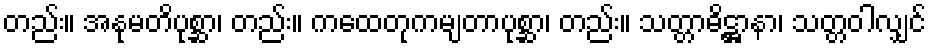
တည်း။ အနုမတိပုစ္ဆာ၊ တည်း။ ကထေတုကမျတာပုစ္ဆာ၊ တည်း။ သတ္တာဓိဋ္ဌာနာ၊ သတ္တဝါလျှင်